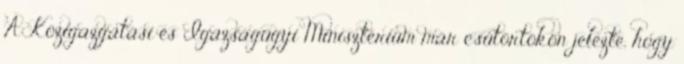
A Közigazgatási és Igazságügyi Minisztérium már csütörtökön jelezte, hogy